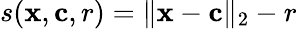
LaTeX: s(\mathbf{x},\mathbf{c},r)=\| \mathbf{x}-\mathbf{c}\| _{2}-r